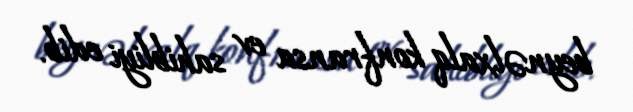
beynəlxalq konfransa ev sahibliyi edib.